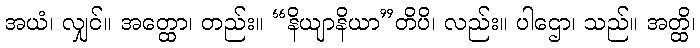
အယံ၊ လျှင်။ အတ္ထော၊ တည်း။ “နိယျာနိယာ”တိပိ၊ လည်း။ ပါဌော၊ သည်။ အတ္ထိ၊